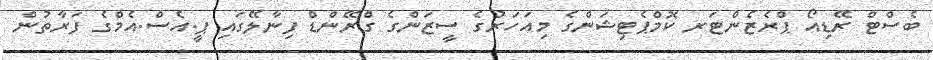
ބެސްޓް ރޭޑިއޯ ޕްރެޒެންޓަރ ކޮމްޕެޓިޝަންގެ މިއަހަރުގެ ސީޒަންގެ ގްރޭންޑް ފިނާލޭގައި ޕީ.އެސް.އެމްގެ ފަރާތުން